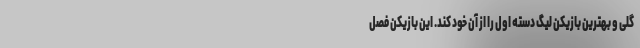
گلی و بهترین بازیکن لیگ دسته اول را از آن خود کند. این بازیکن فصل